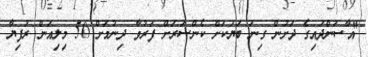
"އާސަންދައިގެ ދަށުން ގިނަ ބަޔަކަށް ކެންސަރަށް ފަރުވާ ދިނުމަށް 50 މިލިއަން ރުފިޔާ